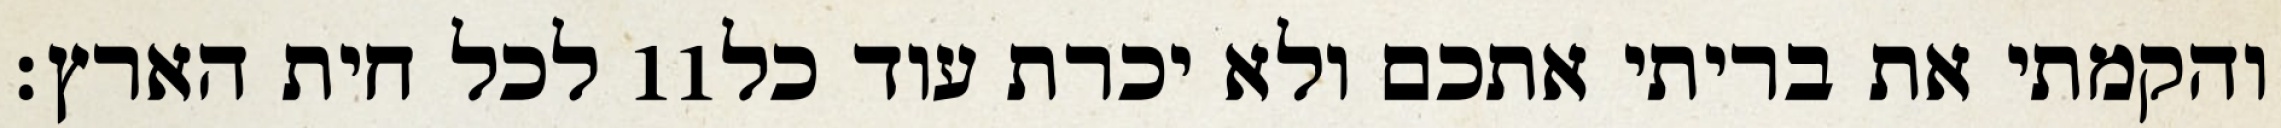
לכל חית הארץ׃ ‎11‏ והקמתי את בריתי אתכם ולא יכרת עוד כל